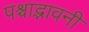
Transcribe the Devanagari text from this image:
पश्चाद्भावनी